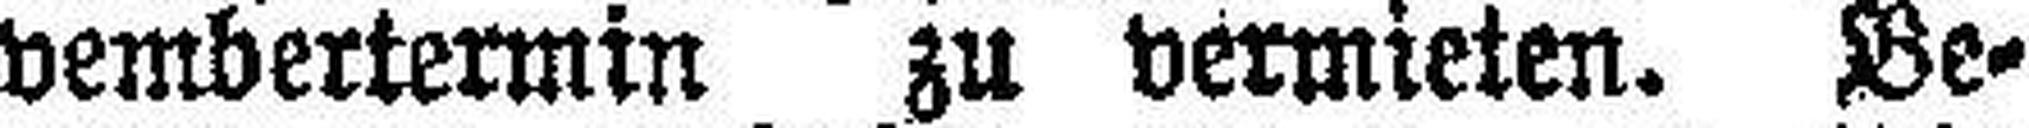
vembertermin zu vermieten. Be¬